Annual administration report of the Civil Veterinary Department of India - 1898-1899
Year: 1898
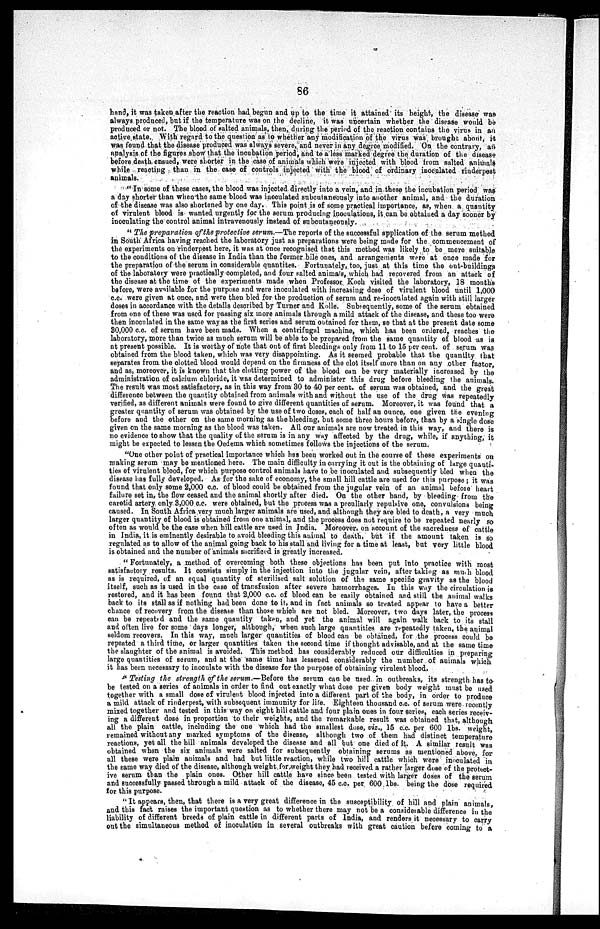
86
hand, it was taken after the reaction had begun and up to the time it attained its height, the disease was
always produced, but if the temperature was on the decline, it was uncertain whether the disease would be
produced or not. The blood of salted animals, then, during the period of the reaction contains the virus in an
active state. With regard to the question as to whether any modification of the virus was brought about, it
was found that the disease produced was always severe, and never in any degree modified. On the contrary, an
analysis of the figures show that the incubation period, and to a less marked degree the duration of the disease
before death ensued, were shorter in the case of animals which were injected with blood from salted animals
while reacting than in the case of controls injected with the blood of ordinary inoculated rinderpest
animals.
"In some of these cases, the blood was injected directly into a vein, and in these the incubation period was
a day shorter than when the same blood was inoculated suboutaneously into another animal, and the duration
of the disease was also shortened by one day. This point is of some practical importance, as, when a quantity
of virulent blood is wanted urgently for the serum producing inoculations, it can be obtained a day sooner by
inoculating the control animal intravenously instead of subcutaneously.
"The preparation of the protective serum.—The reports of the successful application of the serum method
in South Africa having reached the laboratory just as preparations were being made for the commencement of
the experiments on rinderpest here, it was at once recognised that this method was likely to be more suitable
to the conditions of the disease in India than the former bile ones, and arrangements were at once made for
the preparation of the serum in considerable quantites. Fortunately, too, just at this time the out-buildings
of the laboratory were practically completed, and four salted animals, which had recovered from an attack of
the disease at the time of the experiments made when Professor. Koch visited the laboratory, 18 months
before, were available for the purpose and were inoculated with increasing dose of virulent blood until 1,000
c.c. were given at once, and were then bled for the production of serum and re-inoculated again with still larger
doses in accordance with the details described by Turner and Kolle. Subsequently, some of the serum obtained
from one of these was used for passing six more animals through a mild attack of the disease, and these too were
then inoculated in the same way as the first series and serum obtained for them, so that at the present date some
30,000 c.c. of serum have been made. When a centrifugal machine, which has been ordered, reaches the
laboratory, more than twice as much serum will be able to be prepared from the same quantity of blood as is
at present possible. It is worthy of note that out of first bleedings only from 11 to 15 per cent. of serum was
obtained from the blood taken, which was very disappointing. As it seemed probable that the quantity that
separates from the clotted blood would depend on the firmness of the clot itself more than on any other factor,
and as, moreover, it is known that the clotting power of the blood can be very materially increased by the
administration of calcium chloride, it was determined to administer this drug before bleeding the animals.
The result was most satisfactory, as in this way from 30 to 40 per cent. of serum was obtained, and the great
difference between the quantity obtained from animals with and without the use of the drug was repeatedly
verified, as different animals were found to give different quantities of serum. Moreover, it was found that a
greater quantity of serum was obtained by the use of two doses, each of half an ounce, one given the evening
before and the other on the same morning as the bleeding, but some three hours before, than by a single dose
given on the same morning as the blood was taken. All our animals are now treated in this way, and there is
no evidence to show that the quality of the serum is in any way affected by the drug, while, if anything, it
might be expected to lessen the Oedema which sometimes follows the injections of the serum.
"One other point of practical importance which has been worked out in the course of these experiments on
making serum may be mentioned here. The main difficulty in carrying it out is the obtaining of large quati-
ties of virulent blood, for which purpose control animals have to be inoculated and subsequently bled when the
disease has fully developed. As for the sake of economy, the small hill cattle are used for this purpose; it was
found that only some 2,000 c.c. of blood could be obtained from the jugular vein of an animal before heart
failure set in, the flow ceased and the animal shortly after died. On the other hand, by bleeding from the
carotid artery only 3,000 c.c. were obtained, but the process was a peculiarly repulsive one, convulsions being
caused. In South Africa very much larger animals are used, and although they are bled to death, a very much
larger quantity of blood is obtained from one animal, and the process does not require to be repeated nearly so
often as would be the case when hill cattle are used in India. Moreover, on account of the sacreduess of cattle
in India, it is eminently desirable to avoid bleeding this animal to death, but if the amount taken is so
regulated as to allow of the animal going back to his stall and living for a time at least, but very little blood
is obtained and the number of animals sacrifierd is greatly increased.
"Fortunately, a method of overcoming both these objections has been put into practice with most
satisfactory results. It consists simply in the injection into the jugular vein, after taking as much blood
as is required, of an equal quantity of sterilised salt solution of the same specific gravity as the blood
itself, such as is used in the case of transfusion after severe hæmorrhages. In this way the circulation is
restored, and it has been found that 2,000 c.c. of blood can be easily obtained and still the animal walks
back to its stall as if nothing had been done to it, and in fact animals so treated appear to have a better
chance of recovery from the disease than those which are not bled. Moreover, two days later, the process
can be repeated and the same quantity taken, and yet the animal will again walk back to its stall
and often live for some days longer, although, when such large quantities are repeatedly taken, the animal
seldom recovers. In this way, much larger quantities of blood can be obtained, for the process could be
repeated a third time, or larger quantities taken the second time if thought advisable, and at the same time
the slaughter of the animal is avoided. This method has considerably reduced our difficulties in preparing
large quantities of serum, and at the same time has lessebed considerably the number of animals which
it has been necessary to inoculate with the disease for the purpose of obtaining virulent blood.
"Testing the strength of the serum.—Before the serum can be used in outbreaks, its strength has to
be tested on a series of animals in order to find out exactly what dose per given body weight must be used
together with a small dose of virulent blood injected into a different part of the body, in order to produce
a mild attack of rinderpest, with subsequent immunity for life. Eighteen thousand c.c. of serum were recently
mixed together and tested in this way on eight hill cattle and four plain ones in four series, each series receiv-
ing a different dose in proportion to their weights, and the remarkable result was obtained that, although
all the plain cattle, including the one which had the smallest dose, viz., 15 c.c. per 600 lbs. weight,
remained without any marked symptoms of the disease, although two of them had distinct temperature
reactions, yet all the bill animals developed the disease and all but one died of it. A similar result was
obtained when the six animals were salted for subsequently obtaining serums as mentioned above, for
all these were plain animals and had but little reaction, while two hill cattle which were inoculated in
the same way died of the disease, although weight for weight they had received a rather larger dose of the protect-
ive serum than the plain ones. Other hill cattle have since been tested with larger doses of the serum
and successfully passed through a mild attack of the disease, 45 c.c. per 600 lbs. being the dose required
for this purpose.
"It appears, then, that there is a very great difference in the susceptibility of hill and plain animals,
and this fact raises the important question as to whether there may not be a considerable difference in the
liability of different breeds of plain cattle in different parts of India, and renders it necessary to carry
out the simultaneous method of inoculation in several outbreaks with great caution before coming to a